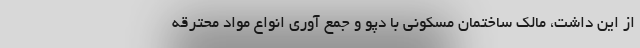
از این داشت، مالک ساختمان مسکونی با دپو و جمع آوری انواع مواد محترقه